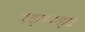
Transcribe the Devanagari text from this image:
एड्मण्ड्स